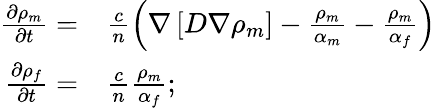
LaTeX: \begin{array}{rl}{\frac{\partial\rho_{m}}{\partial t}=}&{\frac{c}{n}\left(\nabla\left[D\nabla\rho_{m}\right]-\frac{\rho_{m}}{\alpha_{m}}-\frac{\rho_{m}}{\alpha_{f}}\right)}\\ {\frac{\partial\rho_{f}}{\partial t}=}&{\frac{c}{n}\frac{\rho_{m}}{\alpha_{f}};}\end{array}